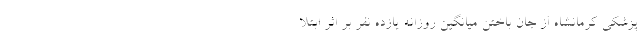
پزشکی کرمانشاه از جان باختن میانگین روزانه یازده نفر بر اثر ابتلا